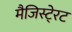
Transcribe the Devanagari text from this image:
मैजिस्टे्रट